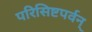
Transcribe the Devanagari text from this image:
परिसिष्टपर्वन्‌